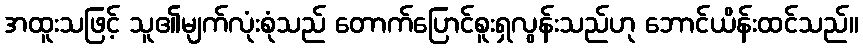
အထူးသဖြင့် သူ၏မျက်လုံးစုံသည် တောက်ပြောင်စူးရှလွန်းသည်ဟု ဘောင်ယိန်းထင်သည်။